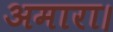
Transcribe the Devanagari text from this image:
अमारा।